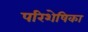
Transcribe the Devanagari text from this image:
परिशेषिका